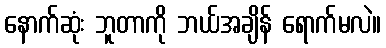
နောက်ဆုံး ဘူတာကို ဘယ်အချိန် ရောက်မလဲ။